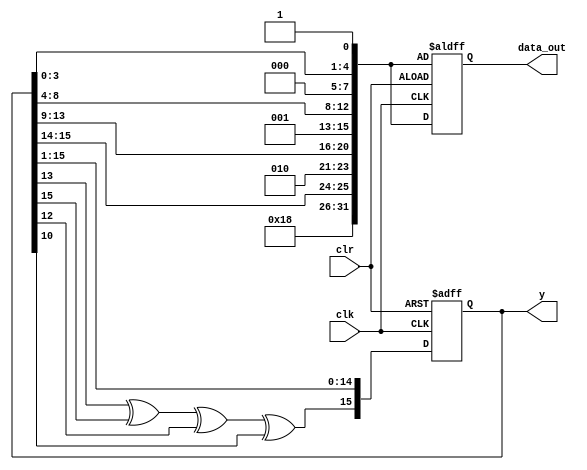
module lfsr (
	input clk,
	clr,
	output [15:0]y,
	output reg [31:0] data_out
	);

	//clk->clock, clr->posedge clear,y=pne bit serial output

	reg [15:0]q;

	//q->16 bit intermediate line for shift register
	//q0 is assigned to y ;right shift

	assign y=q;
	wire w1,w2,w3;

	//w1,w2,w3 has xor operation between mentioned bits

	assign w1=q[13]^q[15],

	w2=w1^q[12],	
	w3=w2^q[10];

	always@(posedge clk,posedge clr)

	begin
		//if clr=1, load the initial bits
		if(clr)
			begin
				q<=16'b1010110011100001;
				data_out = {3'b011, 3'b000, q[15:14], 3'b010, q[13:9], 3'b001, q[8:4], 3'b000, q[3:0], 1'b1};
			end
		//else right shift and load w3 as msb bit
		else
			begin
				q<={w3,q[15:1]};
				data_out = {3'b011, 3'b000, q[15:14], 3'b010, q[13:9], 3'b001, q[8:4], 3'b000, q[3:0], 1'b1};
			end
	end

endmodule